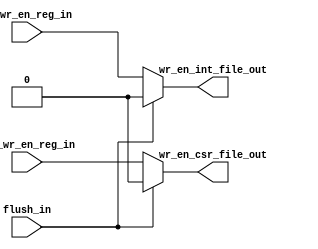
module wr_en_generator(input flush_in,rf_wr_en_reg_in,csr_wr_en_reg_in,output wr_en_int_file_out,wr_en_csr_file_out);
assign wr_en_int_file_out=flush_in? 1'b0: rf_wr_en_reg_in;
assign wr_en_csr_file_out=flush_in? 1'b0: csr_wr_en_reg_in;
endmodule